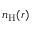
n _ { \mathrm { H } } ( r )